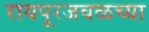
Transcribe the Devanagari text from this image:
रायपूरजवळच्या